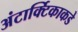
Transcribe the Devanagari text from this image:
अंटार्क्टिकाकडे